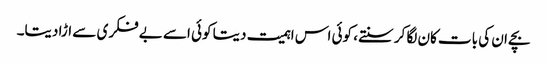
بچے ان کی بات کان لگا کر سنتے، کوئی اس اہمیت دیتا کوئی اسے بے فکری سے اڑا دیتا۔